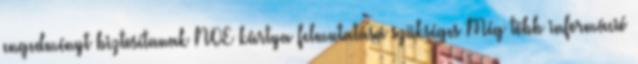
engedményt biztosítanak NOE kártya felmutatása szükséges Még több információ